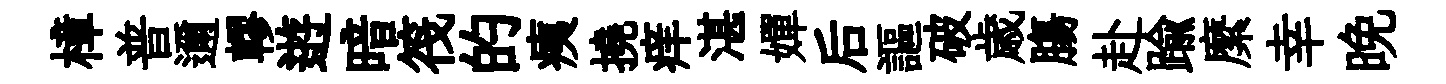
樟普邇轇逰暗筏的痍撓痒湛嬋后謳破歳膓赴踰縻幸晚